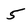
Character: 5